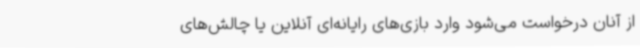
از آنان درخواست می‌شود وارد بازی‌های رایانه‌ای آنلاین یا چالش‌های